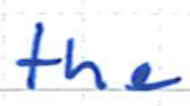
Text: the
Cross-out: clean
Writing tool: ballpoint